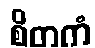
စိတကံ